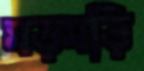
মড়মড়ি